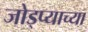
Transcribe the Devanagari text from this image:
जोड्प्याच्या